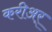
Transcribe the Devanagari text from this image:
करीअर्